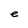
Character: e